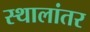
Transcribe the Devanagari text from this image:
स्थालांतर